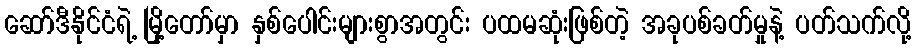
ဆော်ဒီနိုင်ငံရဲ့ မြို့တော်မှာ နှစ်ပေါင်းများစွာအတွင်း ပထမဆုံးဖြစ်တဲ့ အခုပစ်ခတ်မှုနဲ့ ပတ်သက်လို့